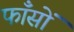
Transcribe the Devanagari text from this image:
फाँसों